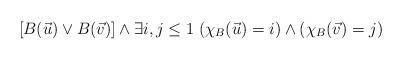
LaTeX: \begin{align*}[B(\vec{u}) \vee B(\vec{v})] \wedge \exists i,j \leq 1 \; (\chi_B(\vec{u})=i) \wedge (\chi_B(\vec{v})=j) \end{align*}